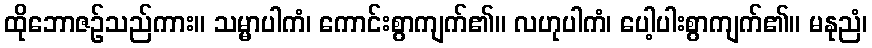
ထိုဘောဇဉ်သည်ကား။ သမ္မာပါကံ၊ ကောင်းစွာကျက်၏။ လဟုပါကံ၊ ပေါ့ပါးစွာကျက်၏။ မနုညံ၊